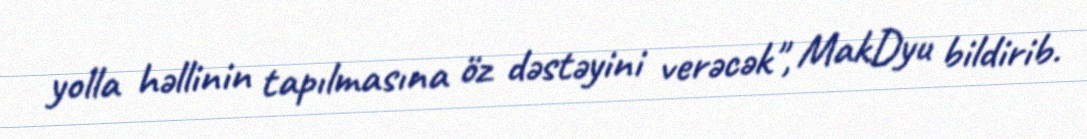
yolla həllinin tapılmasına öz dəstəyini verəcək", MakDyu bildirib.